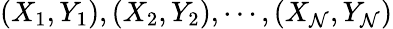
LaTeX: (X_{1},Y_{1}),(X_{2},Y_{2}),\cdots,(X_{\mathcal{N}},Y_{\mathcal{N}})